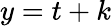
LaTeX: y=t+k